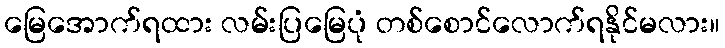
မြေအောက်ရထား လမ်းပြမြေပုံ တစ်စောင်လောက်ရနိုင်မလား။